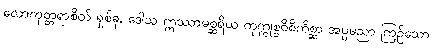
လောကုတ္တရာစိတ် ရှစ်ခု, ဒေါသ ဣဿာမစ္ဆရိယ ကုက္ကုစ္စဝိစိကိစ္ဆာ အပ္ပမညာ ကြဉ်သော